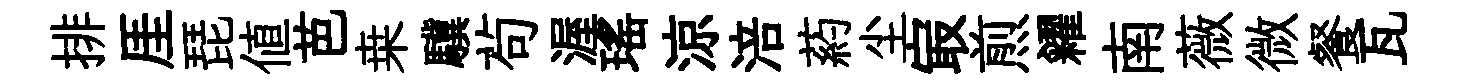
排厓琵値芭桒驥茍渥瑶涼涪葯尘㝡煎糴南薇微餐瓦